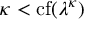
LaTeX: \kappa < \operatorname { c f } ( \lambda ^ { \kappa } )